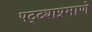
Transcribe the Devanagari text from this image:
पट्ट्याप्रमाणे